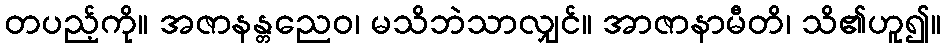
တပည့်ကို။ အဇာနန္တညေဝ၊ မသိဘဲသာလျှင်။ အာဇာနာမီတိ၊ သိ၏ဟူ၍။